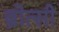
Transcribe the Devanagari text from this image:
ब्रोत्सी